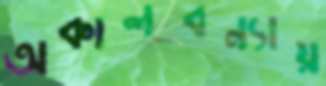
অকালবন্যায়